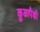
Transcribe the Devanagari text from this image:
कुळापैकी